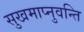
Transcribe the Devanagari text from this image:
सुखमाप्नुवन्ति